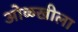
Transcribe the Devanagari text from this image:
ओळखीला